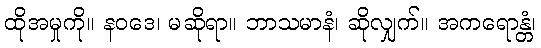
ထိုအမှုကို။ နဝဒေ၊ မဆိုရာ။ ဘာသမာနံ၊ ဆိုလျှက်။ အကရောန္တံ၊